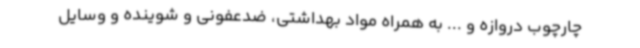
چارچوب دروازه و ... به همراه مواد بهداشتی، ضدعفونی و شوینده و وسایل